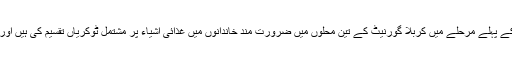
(مرجعيّة التكافل) پروگرام کے تحت العباس فائٹنگ اسکواڈ نے اس امدادی مہم کے پہلے مرحلے میں کربلا گورنیٹ کے تین محلوں میں ضرورت مند خاندانوں میں غذائی اشیاء پر مشتمل ٹوکریاں تقسیم کی ہیں اور اسکواڈ کی جانب سے ہر محلے میں (150) غذائی ٹوکریاں تقسیم کی گئی ہیں۔